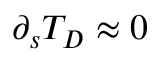
\partial _ { s } T _ { D } \approx 0